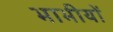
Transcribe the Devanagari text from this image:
भाभीयों